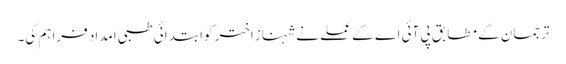
ترجمان کے مطابق پی آئی اے کے عملے نے شہناز اختر کوابتدائی طبی امداد فراہم کی۔